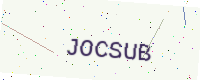
Text: JOCSUB